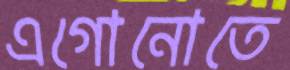
এগোনোতে